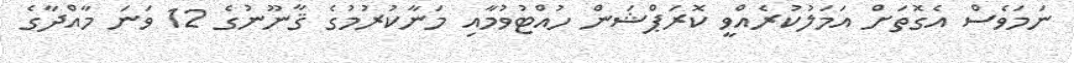
ނަމަވެސް އެގޮތަށް އަމަލުކުރެއްވީ ކޮރަޕްޝަން ހުއްޓުވުމާއި މަނާކުރުމުގެ ޤާނޫނުގެ 12 ވަނަ މާއްދާގެ